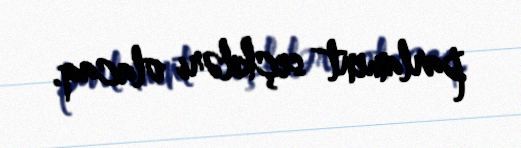
parlament seçkiləri olacaq.